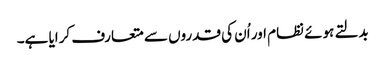
بدلتے ہوئے نظام اور اُن کی قدروں سے متعارف کرایا ہے۔